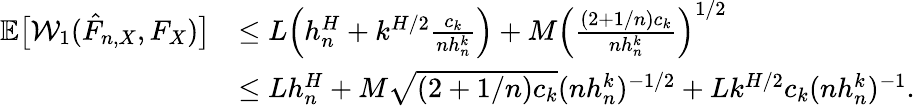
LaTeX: \begin{array}{rl}{\mathbb{E}\big[\mathcal{W}_{1}(\hat{F}_{n,X},F_{X})\big]}&{\leq L\Big(h_{n}^{H}+k^{H/2}\frac{c_{k}}{nh_{n}^{k}}\Big)+M\left(\frac{(2+1/n)c_{k}}{nh_{n}^{k}}\right)^{1/2}}\\ &{\leq Lh_{n}^{H}+M\sqrt{(2+1/n)c_{k}}(nh_{n}^{k})^{-1/2}+Lk^{H/2}c_{k}(nh_{n}^{k})^{-1}.}\end{array}